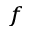
^ { f }